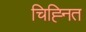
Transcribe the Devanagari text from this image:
चिह्‍नित